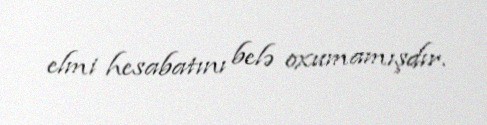
elmi hesabatını belə oxumamışdır.